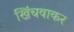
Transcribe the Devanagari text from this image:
खिंचवाकर